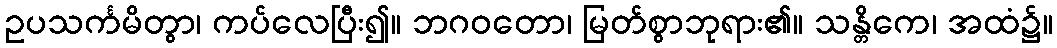
ဥပသင်္ကမိတွာ၊ ကပ်လေပြီး၍။ ဘဂဝတော၊ မြတ်စွာဘုရား၏။ သန္တိကေ၊ အထံ၌။